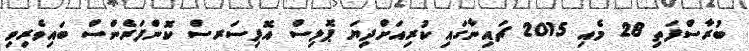
ބުރާސްފަތި 28 މެއި 2015 ޗައިނާގައި ކުރިއަށްދިޔަ ޕޮލިސް އޮފިސަރސް ކޮންފަރެންސް ބައިވެރިވި